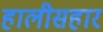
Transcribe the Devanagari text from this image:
हालीसहार